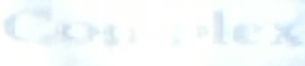
Complex